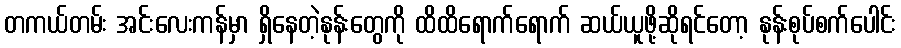
တကယ်တမ်း အင်းလေးကန်မှာ ရှိနေတဲ့နုန်းတွေကို ထိထိရောက်ရောက် ဆယ်ယူဖို့ဆိုရင်တော့ နုန်းစုပ်စက်ပေါင်း